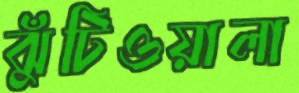
ঝুঁটিওয়ালা